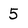
Character: 5